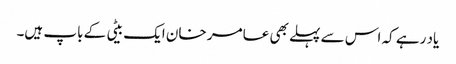
یاد رہے کہ اس سے پہلے بھی عامر خان ایک بیٹی کے باپ ہیں۔